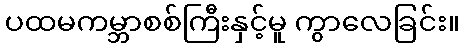
ပထမကမ္ဘာစစ်ကြီးနှင့်မူ ကွာလေခြင်း။